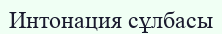
Интонация сұлбасы